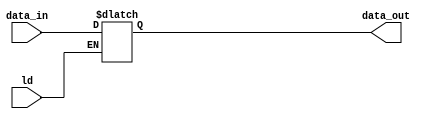
`timescale 1ns / 1ps

module InstructionRegister(ld, data_in, data_out);
    input wire ld;
    input wire [15:0] data_in;
    output reg [15:0] data_out;
    
    always @(*) begin
        if(ld == 1) begin
            data_out <= data_in;
        end
    end
endmodule